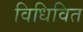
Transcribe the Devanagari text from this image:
विधिवित